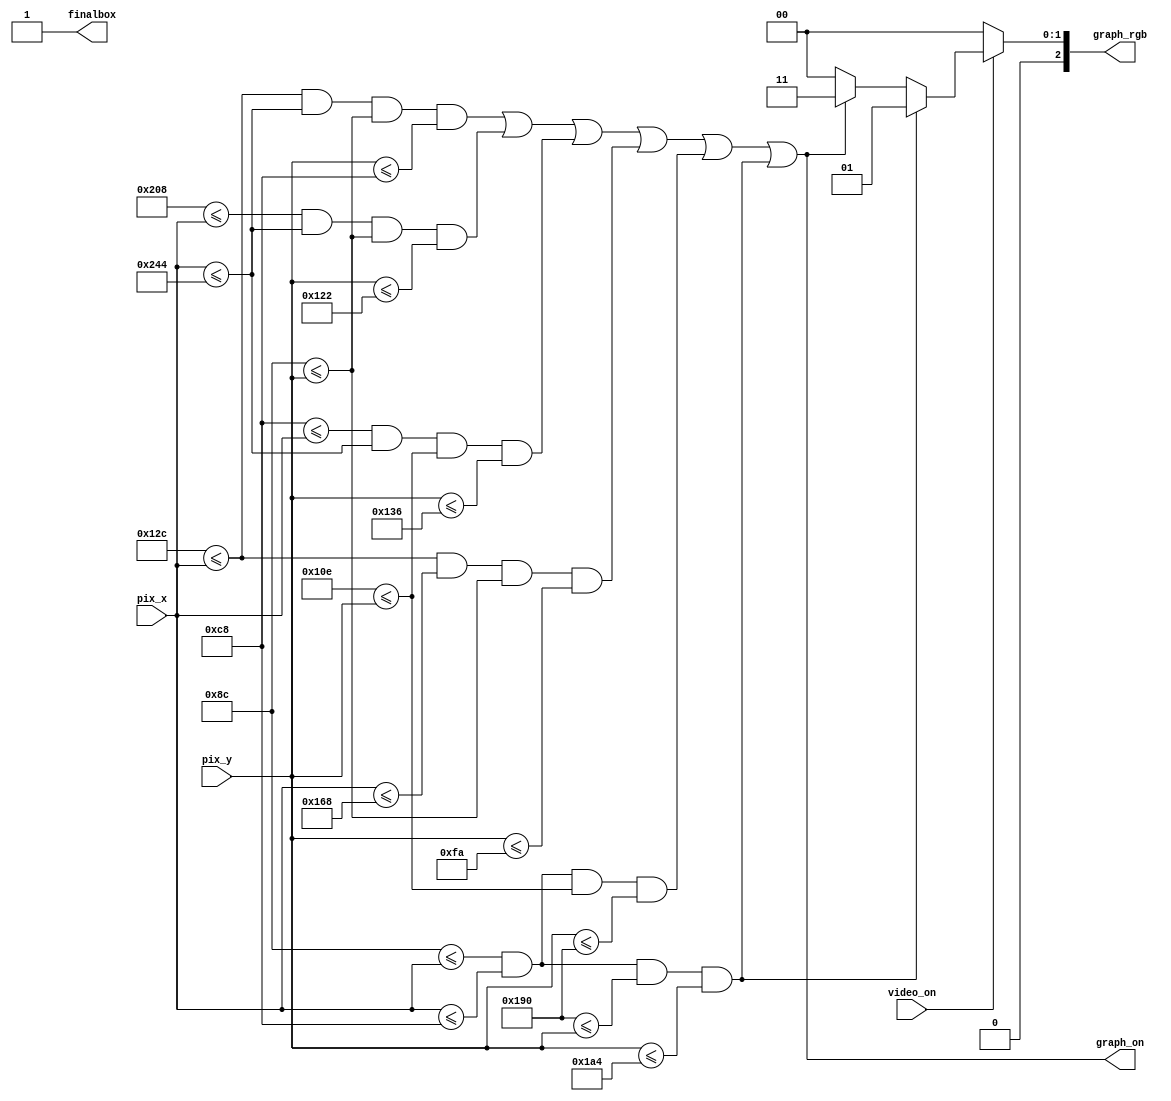
`timescale 1ns / 1ps
//////////////////////////////////////////////////////////////////////////////////
// Company: 
// 
// Design Name: 
// Module Name: Grafico_nivel_2
// Project Name: 
// Target Devices: 
// Tool Versions: 
// Description: 
// 
// Dependencies: 
// 
// Revision:
// Revision 0.01 - File Created
// Additional Comments:
// 
//////////////////////////////////////////////////////////////////////////////////


module Grafico_nivel_2(
    input wire video_on,
    input wire [9:0] pix_x, pix_y,
    output reg [2:0] graph_rgb,
    output wire graph_on,
    output wire finalbox
    );
    
    //-------------NIVEL2----------------------------
    //--------------------------------------------
    //           BARRA 1 HORIZONTAL SUPERIOR
    //--------------------------------------------
    // bar left, right boundary
    localparam ONE_BAR_X_L = 300;
    localparam ONE_BAR_X_R = 580;
    // bar top, bottom boundary
    localparam ONE_BAR_Y_T = 140; 
    localparam ONE_BAR_Y_B = 200;
    //--------------------------------------------
    //         BARRA 2 VERTICAL DERECHA
    //--------------------------------------------
    // bar left, right boundary
    localparam TWO_BAR_X_L = 520;
    localparam TWO_BAR_X_R = 580;
    // bar top, bottom boundary
    localparam TWO_BAR_Y_T = 140; 
    localparam TWO_BAR_Y_B = 290;
    //--------------------------------------------
    //            BARRA 3 HORIZONTAL INFERIOR 
    //--------------------------------------------
    // bar left, right boundary
    localparam THREE_BAR_X_L = 200;
    localparam THREE_BAR_X_R = 580;
    // bar top, bottom boundary
    localparam THREE_BAR_Y_T = 270; 
    localparam THREE_BAR_Y_B = 310;
    //--------------------------------------------
    //         BARRA 4 VERTICAL CENTRAL
    //--------------------------------------------
    // bar left, right boundary
    localparam FOUR_BAR_X_L = 300;
    localparam FOUR_BAR_X_R = 360;
    // bar top, bottom boundary
    localparam FOUR_BAR_Y_T = 140; 
    localparam FOUR_BAR_Y_B = 250;
    // object output signals
    //--------------------------------------------
    //           BARRA 5 VERTICAL IZQUIERDA
    //--------------------------------------------
    // bar left, right boundary
    localparam FIVE_BAR_X_L = 140;
    localparam FIVE_BAR_X_R = 200;
    // bar top, bottom boundary
    localparam FIVE_BAR_Y_T = 270; 
    localparam FIVE_BAR_Y_B = 400;
    // object output signals
    //--------------------------------------------
    //           BARRA 6 FINAL BOX!
    //--------------------------------------------
    // bar left, right boundary
    localparam SIX_BAR_X_L = 140;
    localparam SIX_BAR_X_R = 200;
    // bar top, bottom boundary
    localparam SIX_BAR_Y_T = 400; 
    localparam SIX_BAR_Y_B = 420;
    // object output signals
    
    wire one_bar_on, two_bar_on, three_bar_on, four_bar_on, five_bar_on, six_bar_on;
    wire [2:0] one_bar_rgb, two_bar_rgb, three_bar_rgb, four_bar_rgb, five_bar_rgb, six_bar_rgb;
    
    // body      
    //--------------------------------------------
    //           BARRA 1 horizontal
    //--------------------------------------------   
    // pixel within bar
    assign one_bar_on = ((ONE_BAR_X_L<=pix_x) && (pix_x<=ONE_BAR_X_R) && (ONE_BAR_Y_T<=pix_y) && (pix_y<=ONE_BAR_Y_B));
    // bar rgb output
    assign one_bar_rgb = 3'b011;   
    //--------------------------------------------
    //         BARRA 2 vertical
    //--------------------------------------------
    // pixel within bar
    assign two_bar_on = ((TWO_BAR_X_L<=pix_x) && (pix_x<=TWO_BAR_X_R) && (TWO_BAR_Y_T<=pix_y) && (pix_y<=TWO_BAR_Y_B));
    // bar rgb output
    assign two_bar_rgb =3'b011; // cian
    //--------------------------------------------
    //            BARRA 3 horizontal 
    //--------------------------------------------
    // pixel within bar
    assign three_bar_on = ((THREE_BAR_X_L<=pix_x) && (pix_x<=THREE_BAR_X_R) && (THREE_BAR_Y_T<=pix_y) && (pix_y<=THREE_BAR_Y_B));
    // bar rgb output
    assign three_bar_rgb = 3'b011; // cian
    //--------------------------------------------
    //         BARRA 4 vertical
    //--------------------------------------------
    // pixel within bar
    assign four_bar_on = ((FOUR_BAR_X_L<=pix_x) && (pix_x<=FOUR_BAR_X_R) && (FOUR_BAR_Y_T<=pix_y) && (pix_y<=FOUR_BAR_Y_B));
    // bar rgb output
    assign four_bar_rgb = 3'b011 ; // cian
    //--------------------------------------------
    //           BARRA 5 horizontal
    //--------------------------------------------
    
    // pixel within bar
    assign five_bar_on = ((FIVE_BAR_X_L<=pix_x) && (pix_x<=FIVE_BAR_X_R) && (FIVE_BAR_Y_T<=pix_y) && (pix_y<=FIVE_BAR_Y_B));
    // bar rgb output
    assign five_bar_rgb = 3'b110 ; // cian   
    //--------------------------------------------
    //           BARRA 6 horizontal
    //--------------------------------------------   
    // pixel within bar
     assign six_bar_on = ((SIX_BAR_X_L<=pix_x) && (pix_x<=SIX_BAR_X_R) && (SIX_BAR_Y_T<=pix_y) && (pix_y<=SIX_BAR_Y_B));
    // bar rgb output
     assign six_bar_rgb = 3'b001;  
    //-------------------------------------------- 
    assign graph_on = ((one_bar_on)||(two_bar_on)||(three_bar_on)||(four_bar_on)||(five_bar_on))||(six_bar_on);
    //--------------------------------------------       
    assign finalbox = six_bar_rgb;
     
    always @*
    begin
      if (~video_on)
         graph_rgb = 3'b000; // blank
      else
      begin
        if (six_bar_on)
            graph_rgb = six_bar_rgb;
        else if (graph_on)
            graph_rgb = one_bar_rgb;
         else
            graph_rgb = 3'b000; 
       end
    end
endmodule